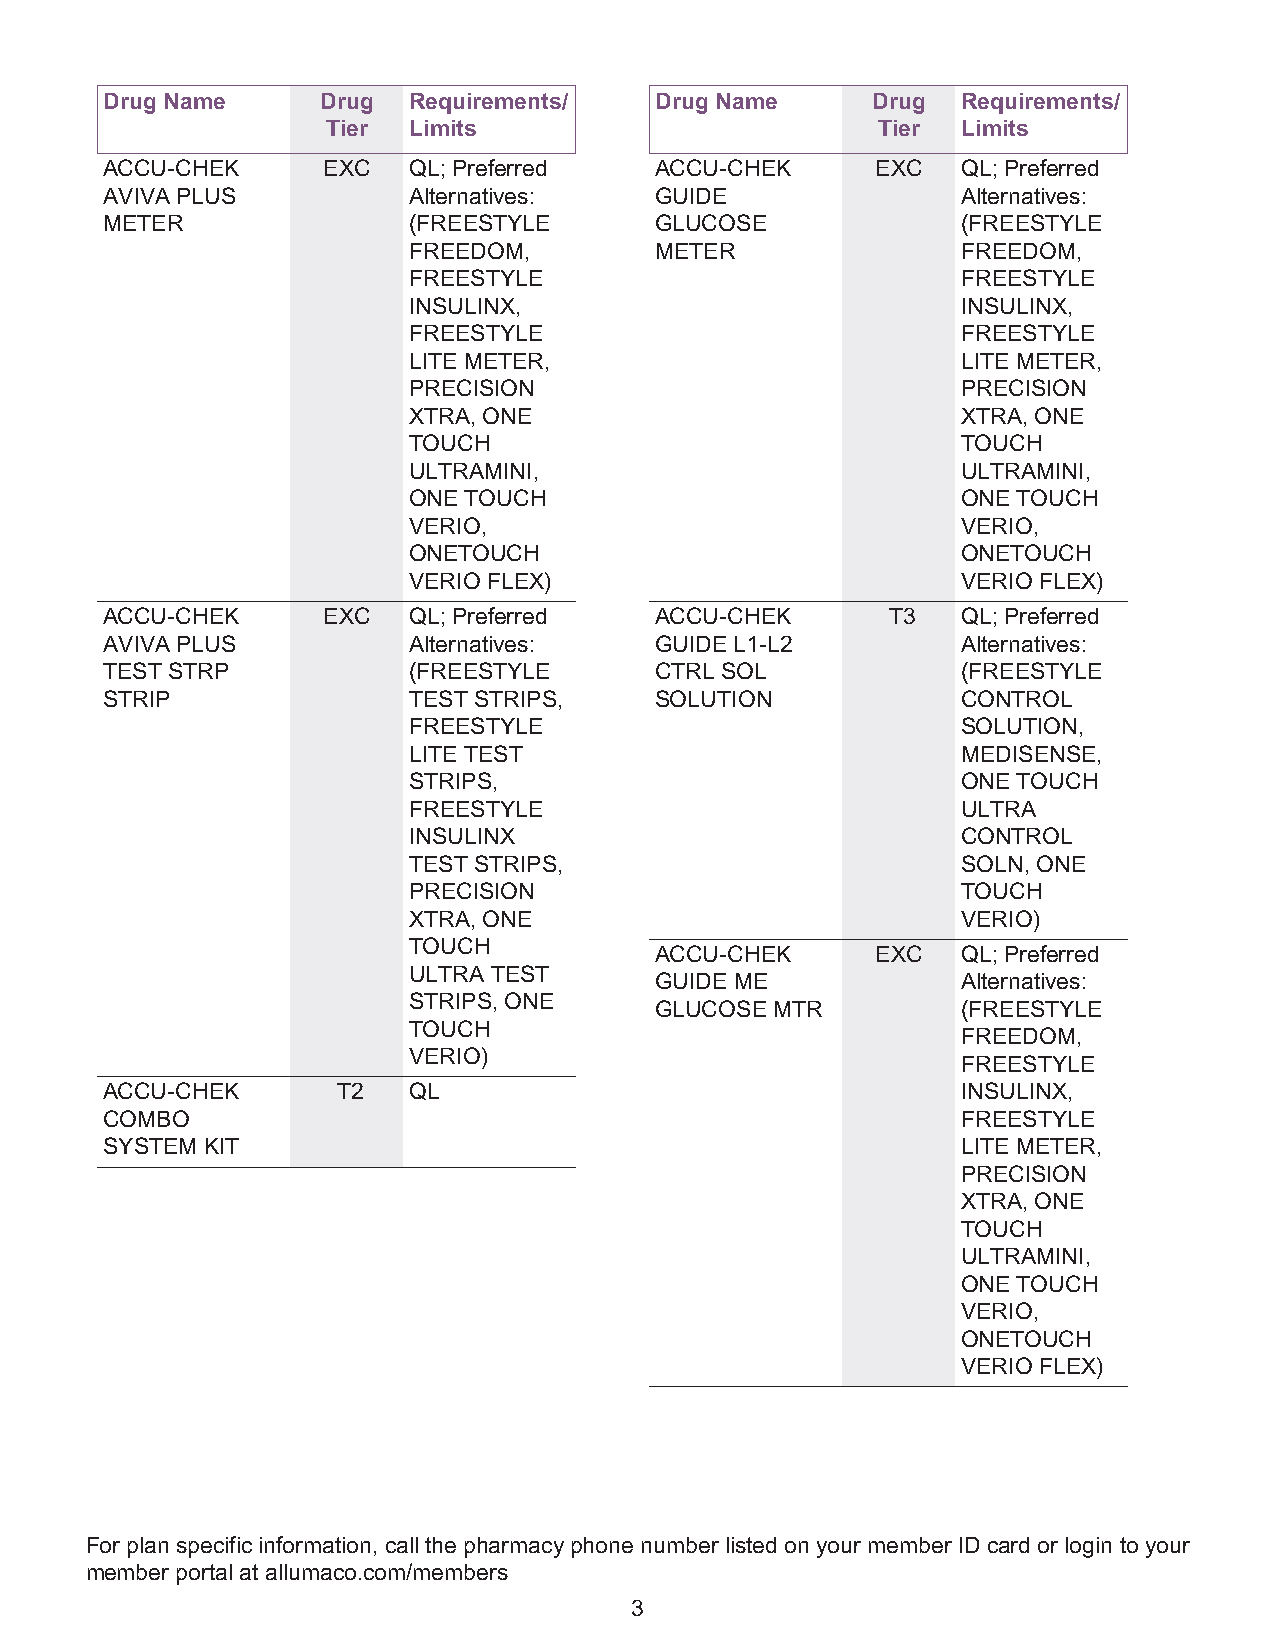
Drug Name     Drug  Requirements/   Drug Name      Drug  Requirements/
 Tier Limits                         Tier  Limits
 ACCU-CHEK     EXC   QL; Preferred   ACCU-CHEK      EXC   QL; Preferred
 AVIVA PLUS          Alternatives:   GUIDE                Alternatives:
 METER               (FREESTYLE      GLUCOSE              (FREESTYLE
 FREEDOM,        METER                FREEDOM,
 FREESTYLE                            FREESTYLE
 INSULINX,                            INSULINX,
 FREESTYLE                            FREESTYLE
 LITE METER,                          LITE METER,
 PRECISION                            PRECISION
 XTRA, ONE                            XTRA, ONE
 TOUCH                                TOUCH
 ULTRAMINI,                           ULTRAMINI,
 ONE TOUCH                            ONE TOUCH
 VERIO,                               VERIO,
 ONETOUCH                             ONETOUCH
 VERIO FLEX)                          VERIO FLEX)
 ACCU-CHEK     EXC   QL; Preferred   ACCU-CHEK       T3   QL; Preferred
 AVIVA PLUS          Alternatives:   GUIDE L1-L2          Alternatives:
 TEST STRP           (FREESTYLE      CTRL SOL             (FREESTYLE
 STRIP               TEST STRIPS,    SOLUTION             CONTROL
 FREESTYLE                            SOLUTION,
 LITE TEST                            MEDISENSE,
 STRIPS,                              ONE TOUCH
 FREESTYLE                            ULTRA
 INSULINX                             CONTROL
 TEST STRIPS,                         SOLN, ONE
 PRECISION                            TOUCH
 XTRA, ONE                            VERIO)
 TOUCH
 ACCU-CHEK      EXC   QL; Preferred
 ULTRA TEST
 GUIDE ME             Alternatives:
 STRIPS, ONE
 GLUCOSE MTR          (FREESTYLE
 TOUCH
 FREEDOM,
 VERIO)
 FREESTYLE
 ACCU-CHEK      T2   QL                                   INSULINX,
 COMBO                                                    FREESTYLE
 SYSTEM KIT                                               LITE METER,
 PRECISION
 XTRA, ONE
 TOUCH
 ULTRAMINI,
 ONE TOUCH
 VERIO,
 ONETOUCH
 VERIO FLEX)
 For plan specific information, call the pharmacy phone number listed on your member ID card or login to your
 member portal at allumaco.com/members
 3